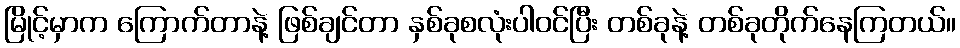
မြိုင့်မှာက ကြောက်တာနဲ့ ဖြစ်ချင်တာ နှစ်ခုစလုံးပါဝင်ပြီး တစ်ခုနဲ့ တစ်ခုတိုက်နေကြတယ်။